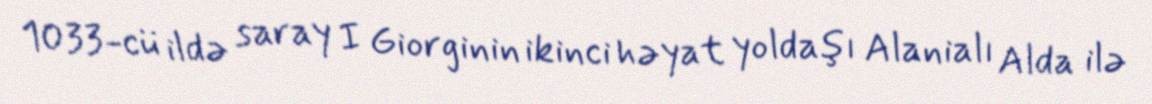
1033-cü ildə saray I Giorginin ikinci həyat yoldaşı Alanialı Alda ilə